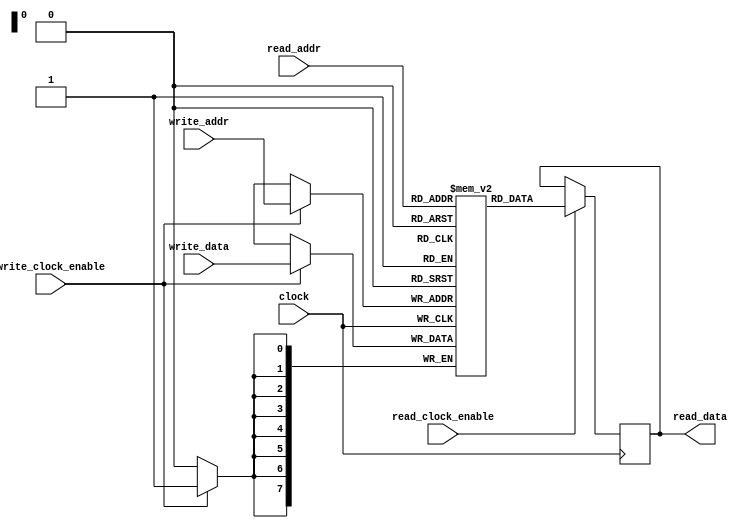
/* dual port memory */

module buffer #(parameter AW = 8, parameter DW = 8)
	(
		input clock,
		input write_clock_enable,
		input [DW-1:0] write_data,
		input [AW-1:0] write_addr,

		input read_clock_enable,
		output reg [DW-1:0] read_data,
		input [AW-1:0] read_addr);

	localparam NPOS = 2 ** AW;

	reg [DW-1: 0] ram [0: NPOS-1];

	always @(posedge clock)
		if (write_clock_enable)
			ram[write_addr] <= write_data;

	always @(posedge clock)
		if (read_clock_enable)
			read_data <= ram[read_addr];
endmodule